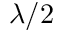
\lambda / 2